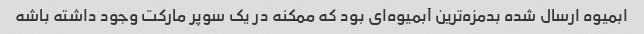
ابمیوه ارسال شده بدمزه‌ترین آبمیوه‌ای بود که ممکنه در یک سوپر مارکت وجود داشته باشه